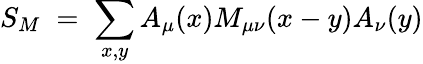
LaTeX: S_{M}\; =\; \sum_{x,y}A_{\mu}(x)M_{\mu\nu}(x-y)A_{\nu}(y)